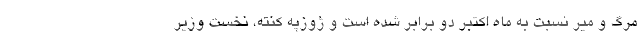
مرگ و میر نسبت به ماه اکتبر دو برابر شده است و ژوزپه کنته، نخست وزیر